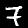
Digit: 7